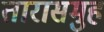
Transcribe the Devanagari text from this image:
तारासमुह